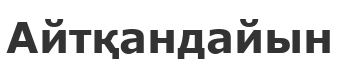
Айтқандайын